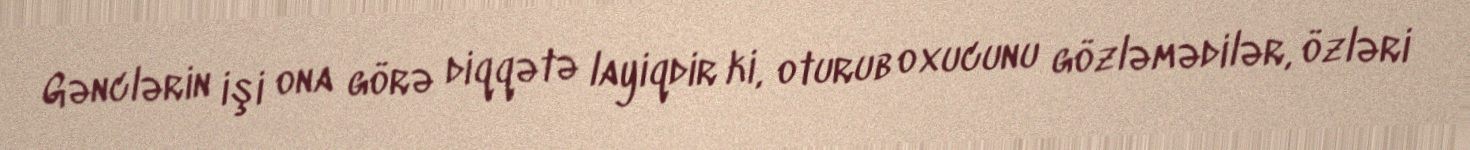
Gənclərin işi ona görə diqqətə layiqdir ki, oturub oxucunu gözləmədilər, özləri